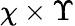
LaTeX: \chi\times\Upsilon